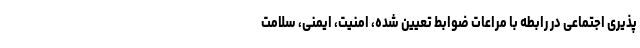
پذیری اجتماعی در رابطه با مراعات ضوابط تعیین شده، امنیت، ایمنی، سلامت